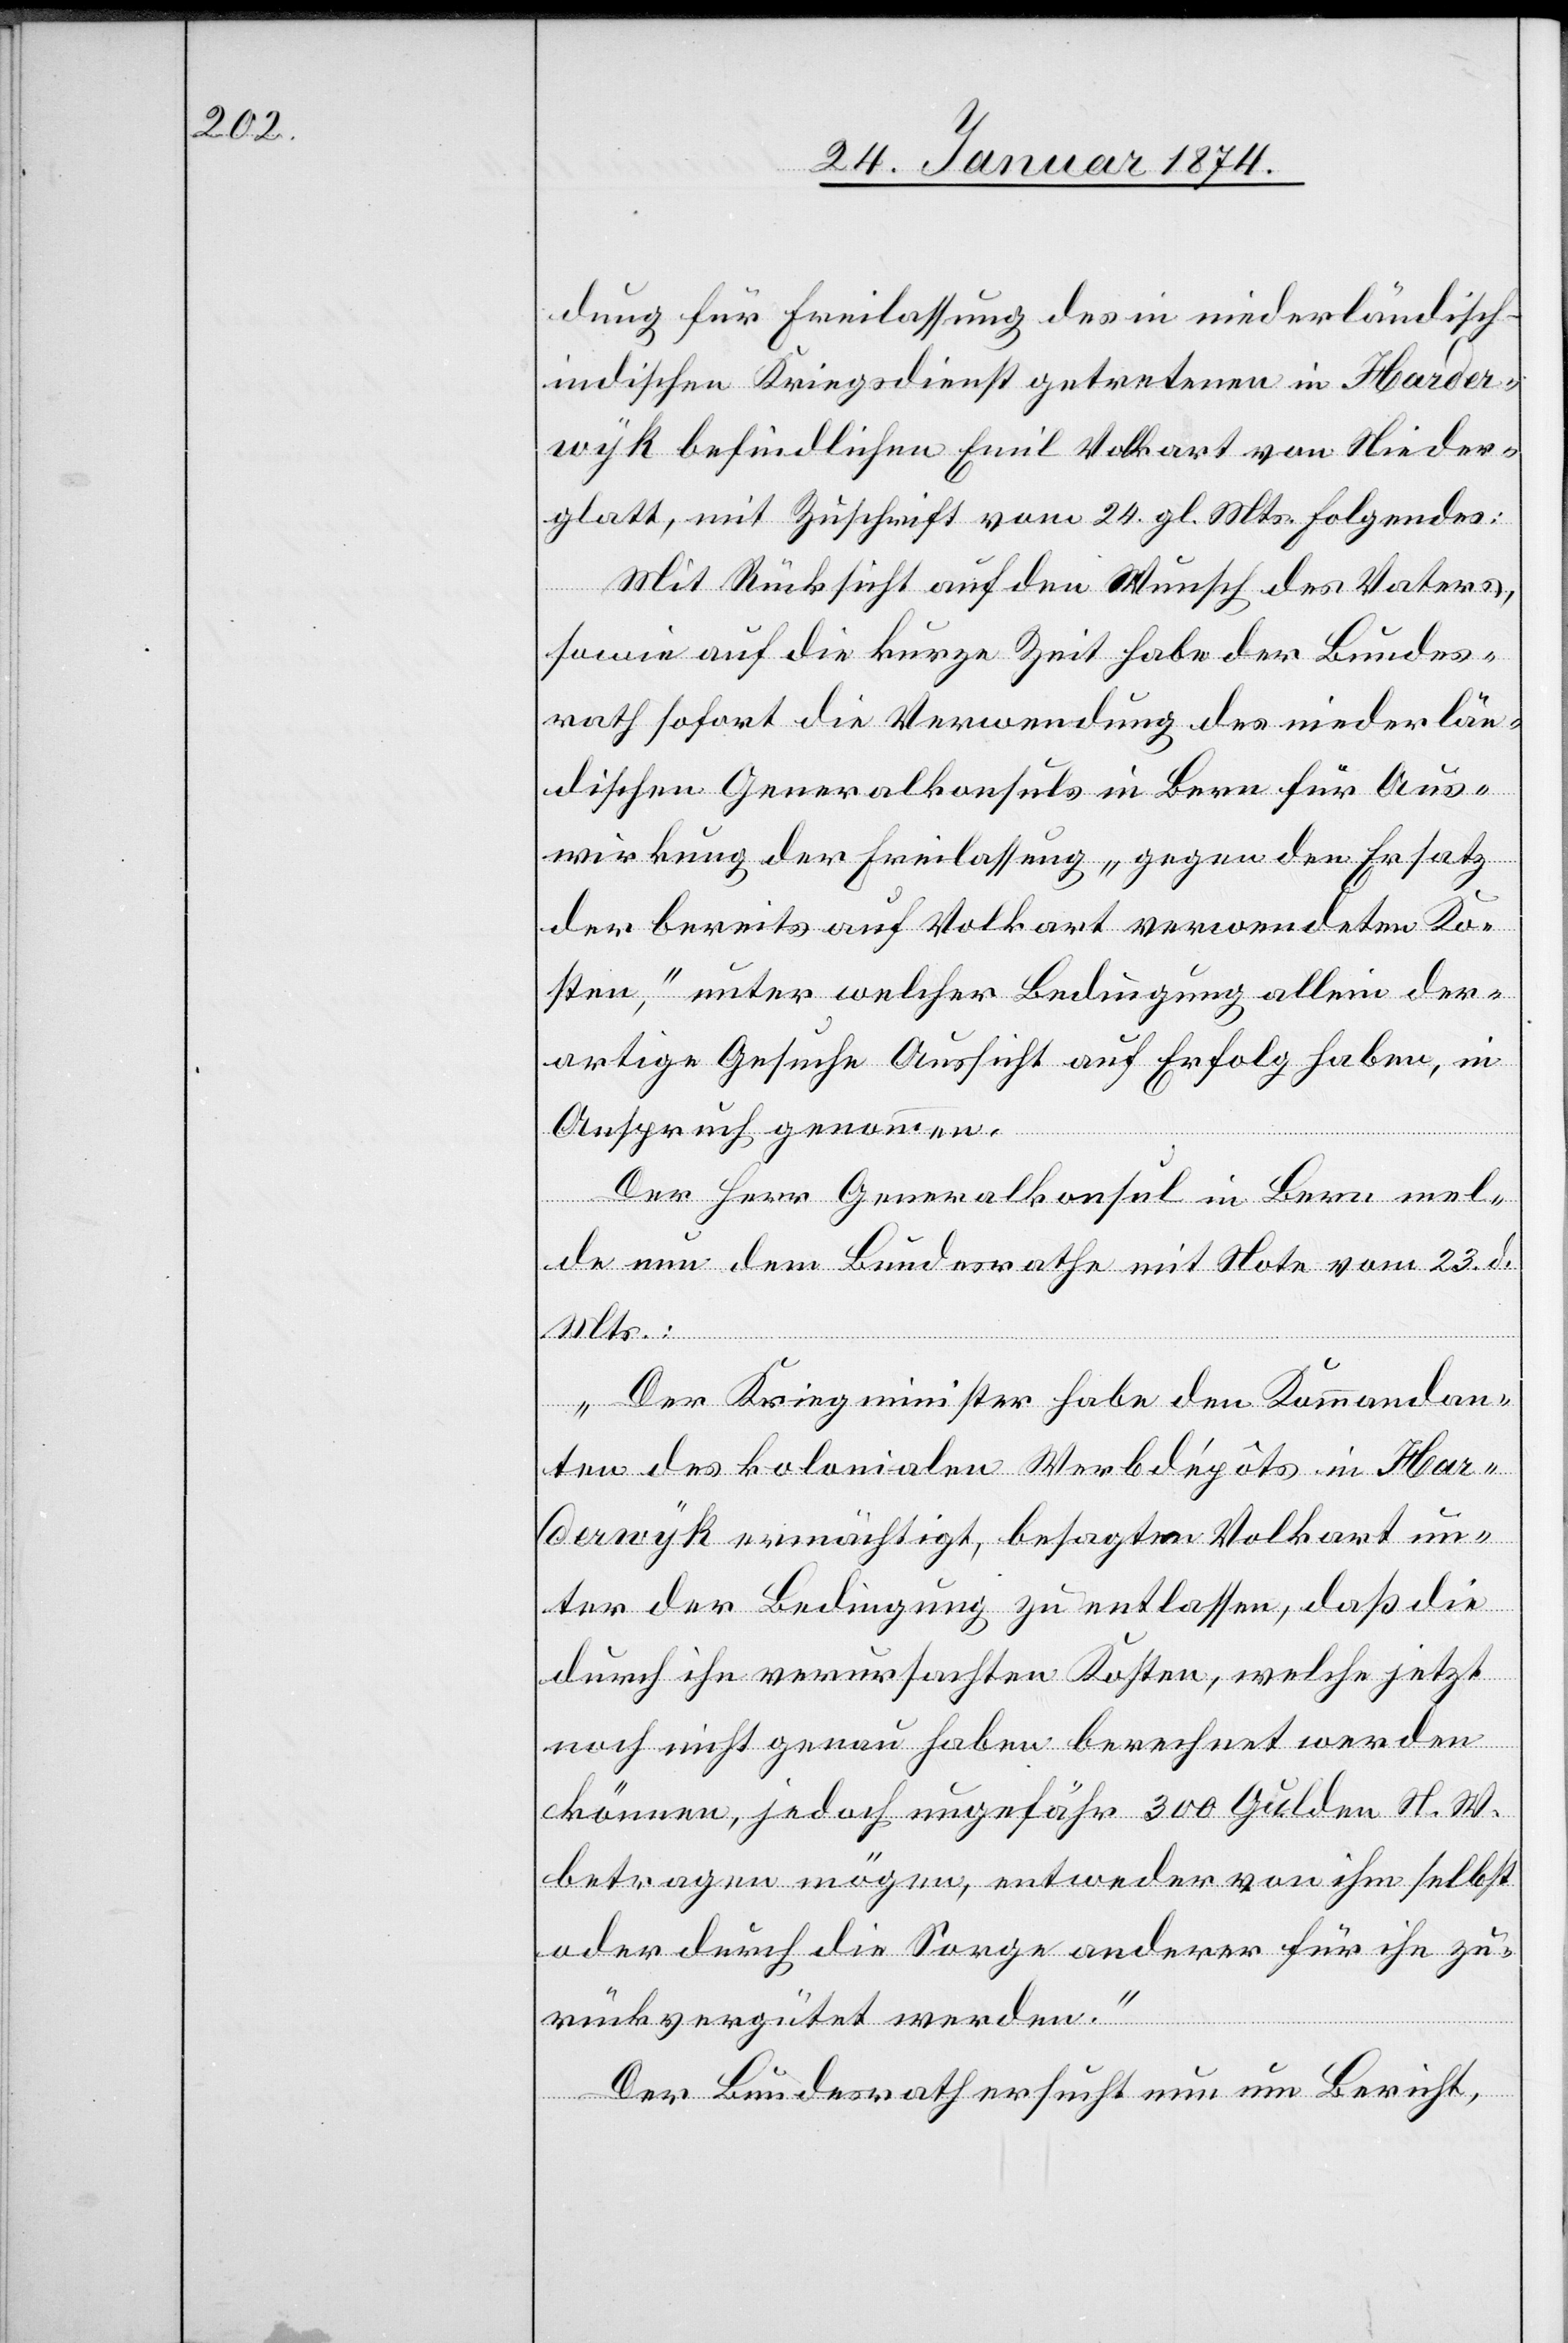
dung für Freilassung des in niederländisch-i¬
ndischen Kriegsdienst getretenen in Harde¬
rwyk befindlichen Emil Volkart von Nieder¬
glatt, mit Zuschrift vom 24. gl. Mts. Folgendes:
Mit Rücksicht auf den Wunsch des Vaters,
sowie auf die kurze Zeit habe der Bundes¬
rath sofort die Verwendung des niederlän¬
dischen Generalkonsuls in Bern für Aus¬
wirkung der Freilassung „gegen den Ersatz
der bereits auf Volkart verwendeten Ko¬
sten“, unter welcher Bedingung allein der¬
artige Gesuche Aussicht auf Erfolg haben, in
Anspruch genommen.
Der Herr Generalkonsul in Bern mel¬
de nun dem Bundesrathe mit Note vom 23. d.
Mts.:
„Der Kriegsminister habe den Kommandan¬
ten des kolonialen Werbdépôts in Har¬
derwyk ermächtigt, besagten Volkart un¬
ter der Bedingung zu entlassen, daß die
durch ihn verursachten Kosten, welche jetzt
noch nicht genau haben berechnet werden
können, jedoch ungefähr 300 Gulden H. W.
betragen mögen, entweder von ihm selbst
oder durch die Sorge anderer für ihn zu¬
rückvergütet werden.“
Der Bundesrath ersucht nun um Bericht,